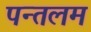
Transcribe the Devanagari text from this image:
पन्तलम